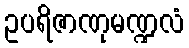
ဥပရိဇာဏုမဏ္ဍလံ